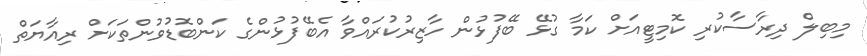
މިބިލް ދިރާސާކުރި ކޮމިޓީއަށް ކަމާ ގުޅޭ ބޭފުޅުން ހާޒިރުކުރައްވާ އެބޭފުޅުންގެ ކަންބޮޑުވުންތަކަށް ރިއާޔަތް